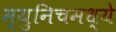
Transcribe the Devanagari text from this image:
म्युनिचमध्ये